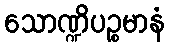
သောဏ္ဍိပဉ္စမာနံ